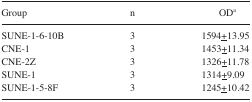
| Group | n | ODa |
 | --- | --- | --- |
 | SUNE-1-6-10B | 3 | 1594<underline>+</underline>13.95 |
 | CNE-1 | 3 | 1453<underline>+</underline>11.34 |
 | CNE-2Z | 3 | 1326<underline>+</underline>11.78 |
 | SUNE-1 | 3 | 1314<underline>+</underline>9.09 |
 | SUNE-1-5-8F | 3 | 1245<underline>+</underline>10.42 |